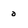
Character: o